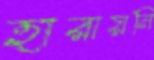
হারায়নি